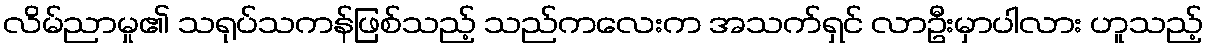
လိမ်ညာမှု၏ သရုပ်သကန်ဖြစ်သည့် သည်ကလေးက အသက်ရှင် လာဦးမှာပါလား ဟူသည့်